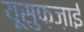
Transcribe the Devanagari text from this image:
यूसुफ़ज़ाई